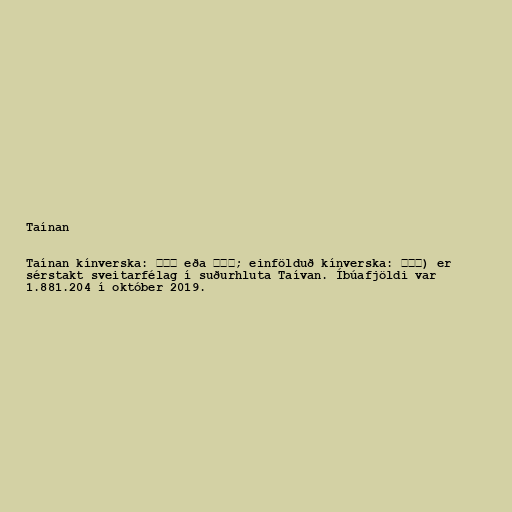
Taínan

Taínan kínverska: 臺南市 eða 台南市; einfölduð kínverska: 台南市) er
sérstakt sveitarfélag í suðurhluta Taívan. Íbúafjöldi var
1.881.204 í október 2019.